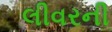
લીવરની